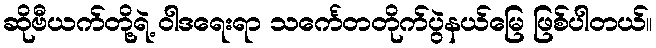
ဆိုဗီယက်တို့ရဲ့ ၀ါဒရေးရာ သင်္ကေတတိုက်ပွဲနယ်မြေ ဖြစ်ပါတယ်။